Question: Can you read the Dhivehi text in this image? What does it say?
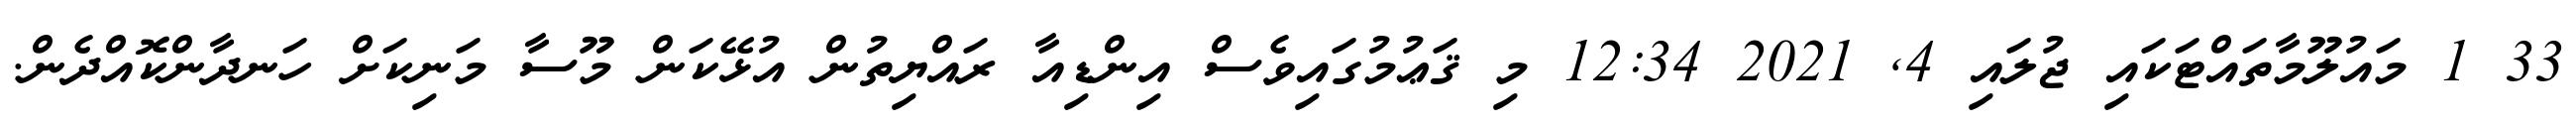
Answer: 33 1 މައުލޫމާތައްޓަކައި ޖުލައި 4, 2021 12:34 މި ޤަޢުމުގައިވެސް އިންޑިއާ ރައްޔިތުން އުޅޭކަން މޫސާ މަނިކަށް ހަނދާންކޮއްދެން.